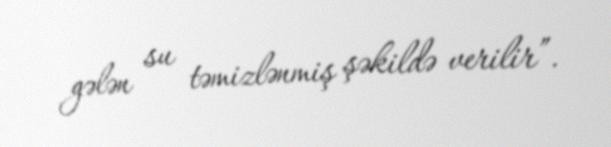
gələn su təmizlənmiş şəkildə verilir”.